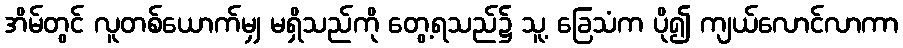
အိမ်တွင် လူတစ်ယောက်မျှ မရှိသည်ကို တွေ့ရသည်၌ သူ့ ခြေသံက ပို၍ ကျယ်လောင်လာကာ